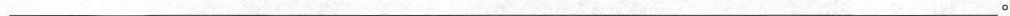
___.